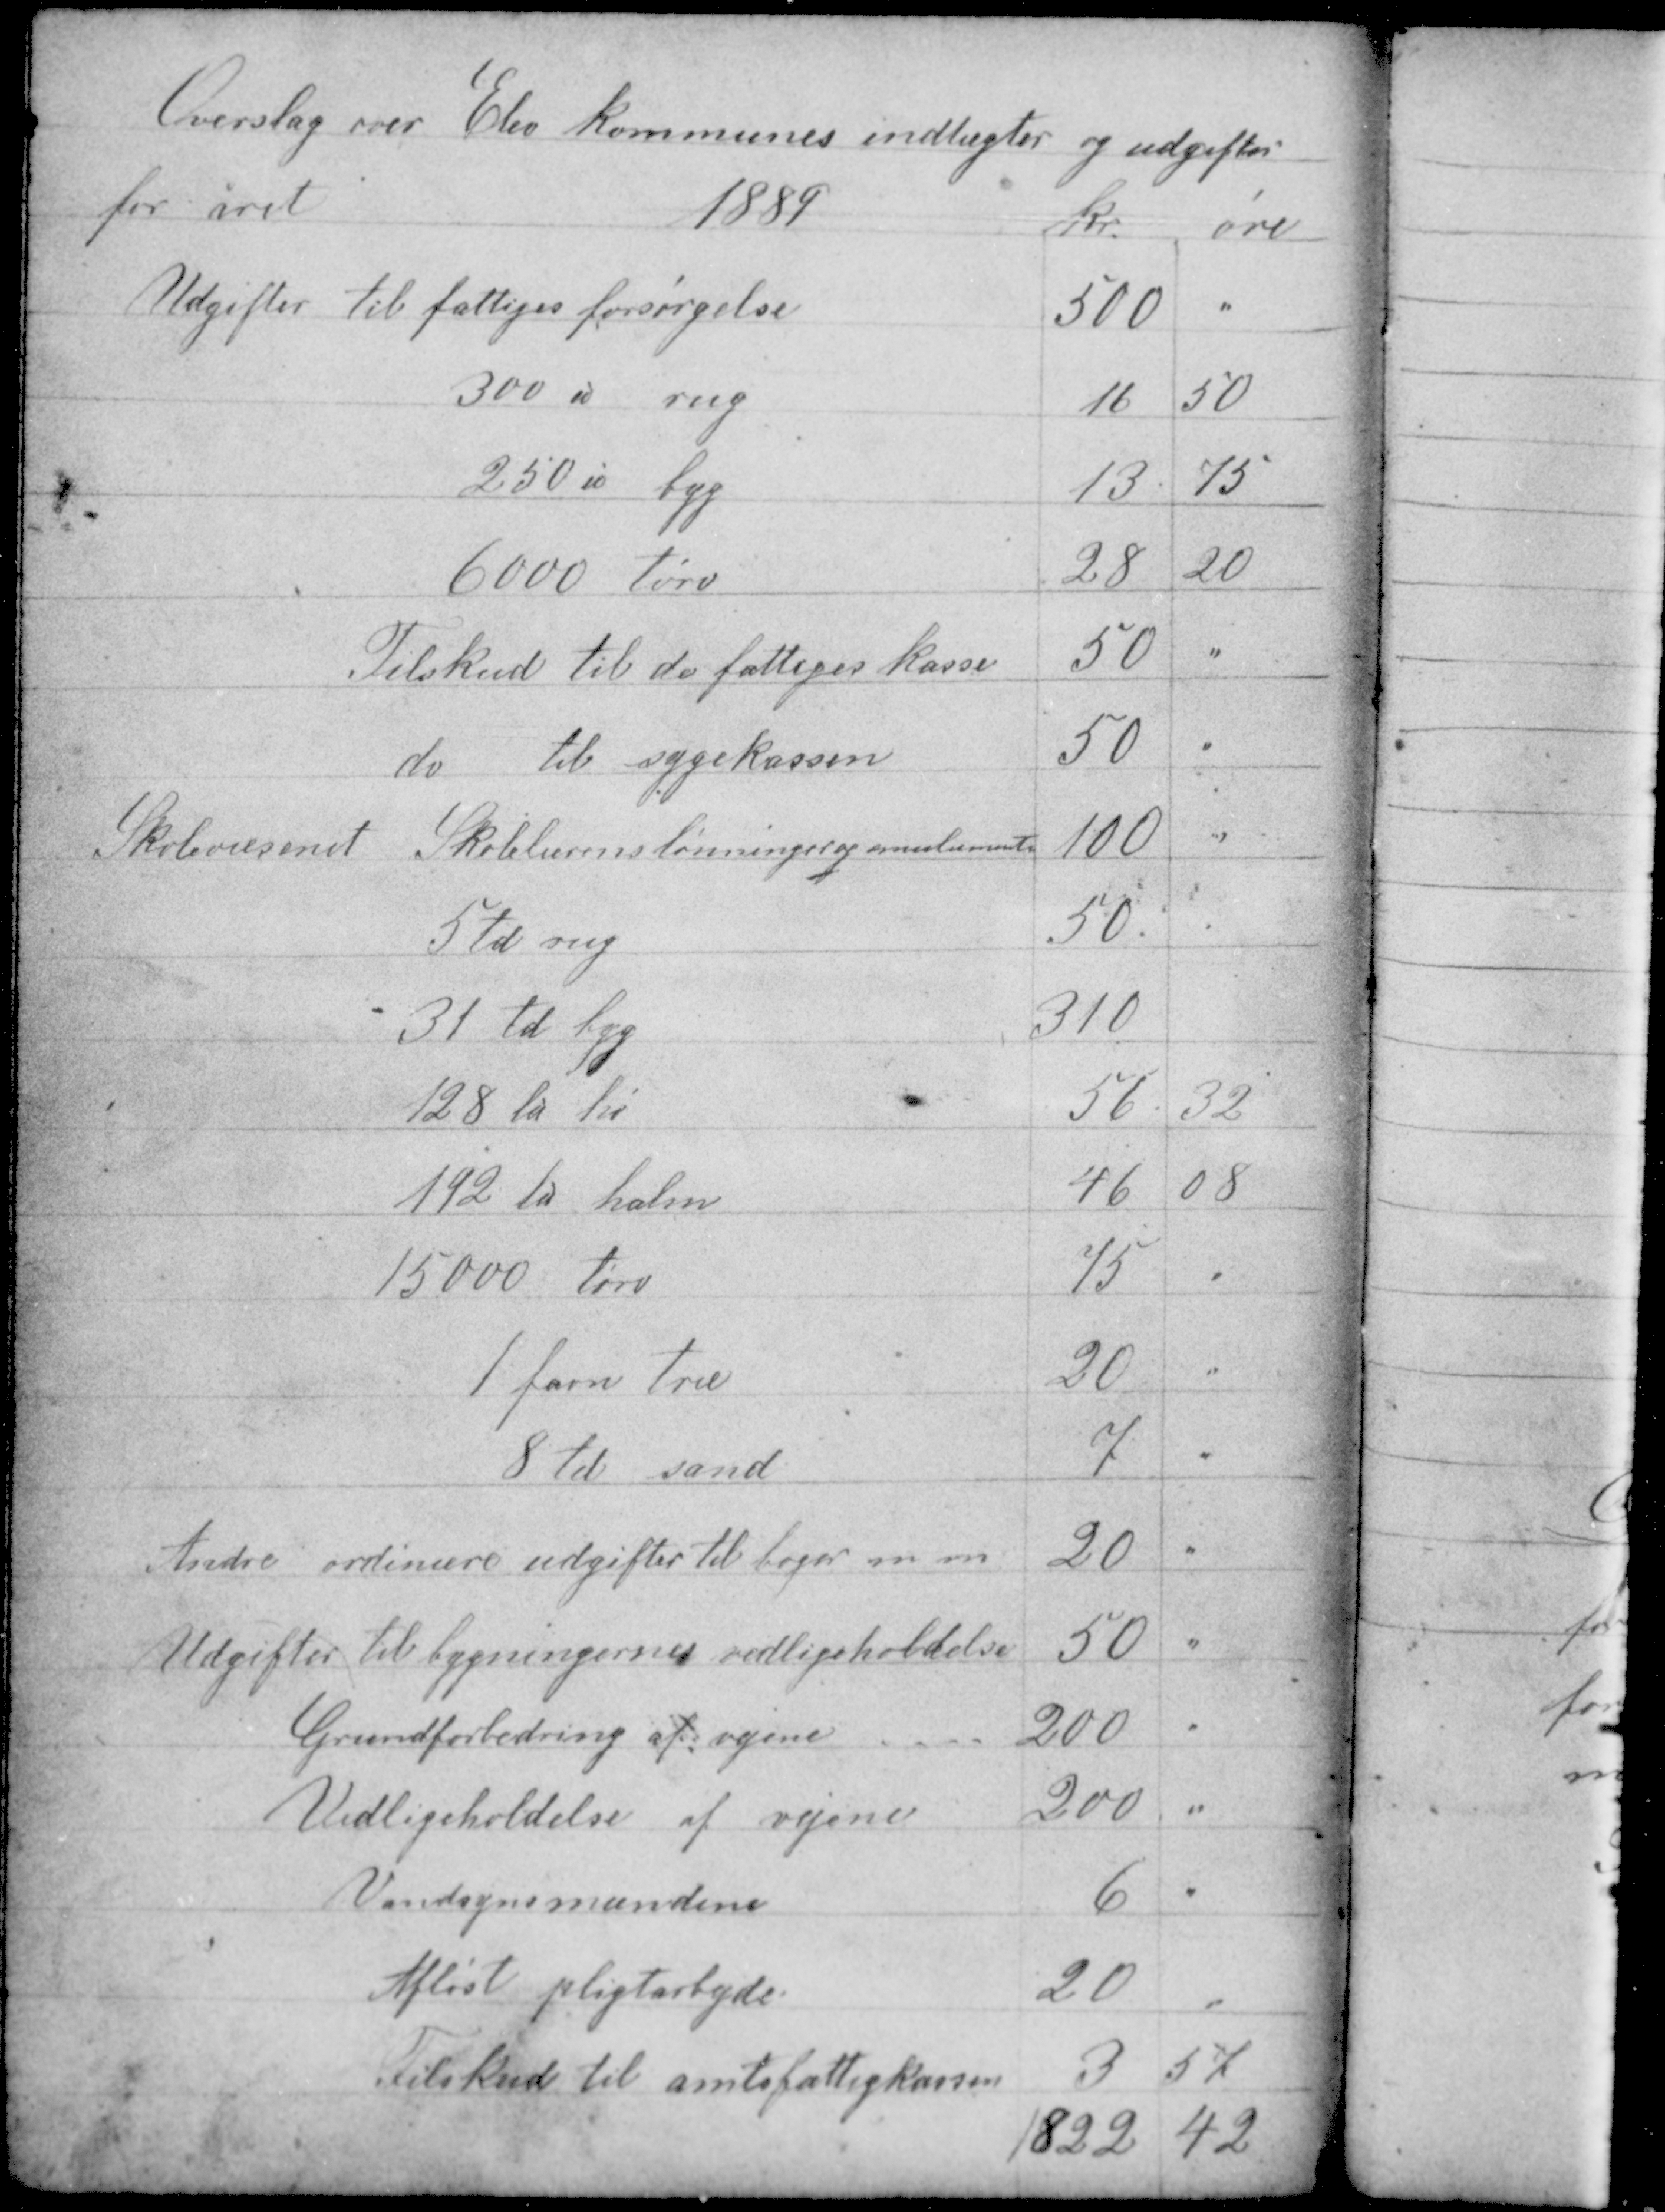
Transskription:
Overslag over Elev kommunes indtægter og udgifter